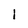
Character: l